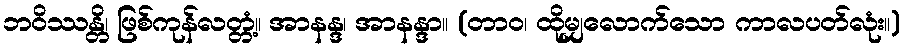
ဘဝိဿန္တိ၊ ဖြစ်ကုန်လတ္တံ့။ အာနန္ဒ၊ အာနန္ဒာ။ (တာဝ၊ ထိုမျှလောက်သော ကာလပတ်လုံး။)